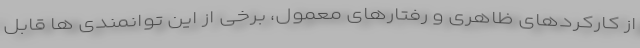
از کارکردهای ظاهری و رفتارهای معمول، برخی از این توانمندی ها قابل